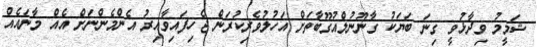
ޝަމީމު ވިދާޅުވީ ގިނަ ބަޔަކު ގާނޫނުލްއުގޫބާތަށް އަހުލުވެރިކުރަން ޖެހިފައިވާއިރު އެންމެންނަށް އެއް މާނައެއް